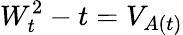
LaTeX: W_{t}^{2}-t=V_{A(t)}